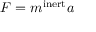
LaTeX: F = m ^ { \mathrm { i n e r t } } a